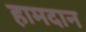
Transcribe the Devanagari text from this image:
हामदान